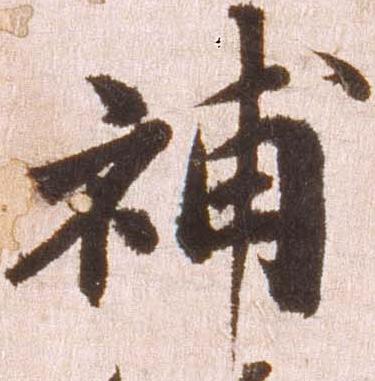
補